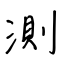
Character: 測